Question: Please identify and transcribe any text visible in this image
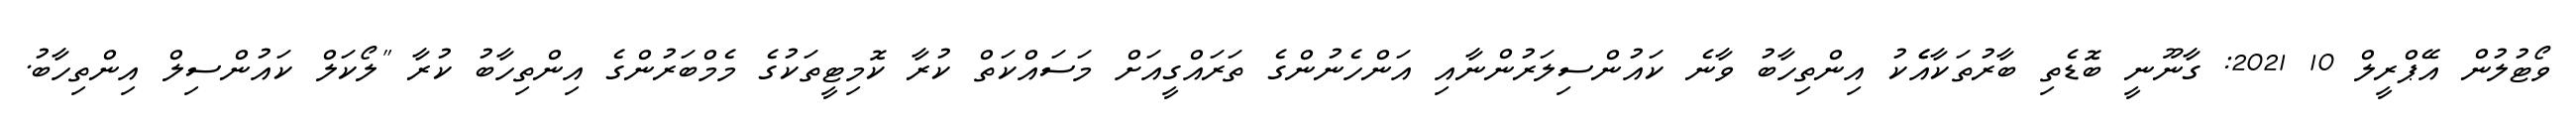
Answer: ވޯޓުލުން އޭޕްރީލް 10 2021: ގާނޫނީ ބޮޑެތި ބާރުތަކާއެެކު އިންތިހާބު ވާނެ ކައުންސިލަރުންނާއި އަންހެނުންގެ ތަރައްގީއަށް މަސައްކަތް ކުރާ ކޮމިޓީތަކުގެ މެމްބަރުންގެ އިންތިހާބު ކުރާ "ލޯކަލް ކައުންސިލް އިންތިހާބު.